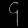
Digit: ၄